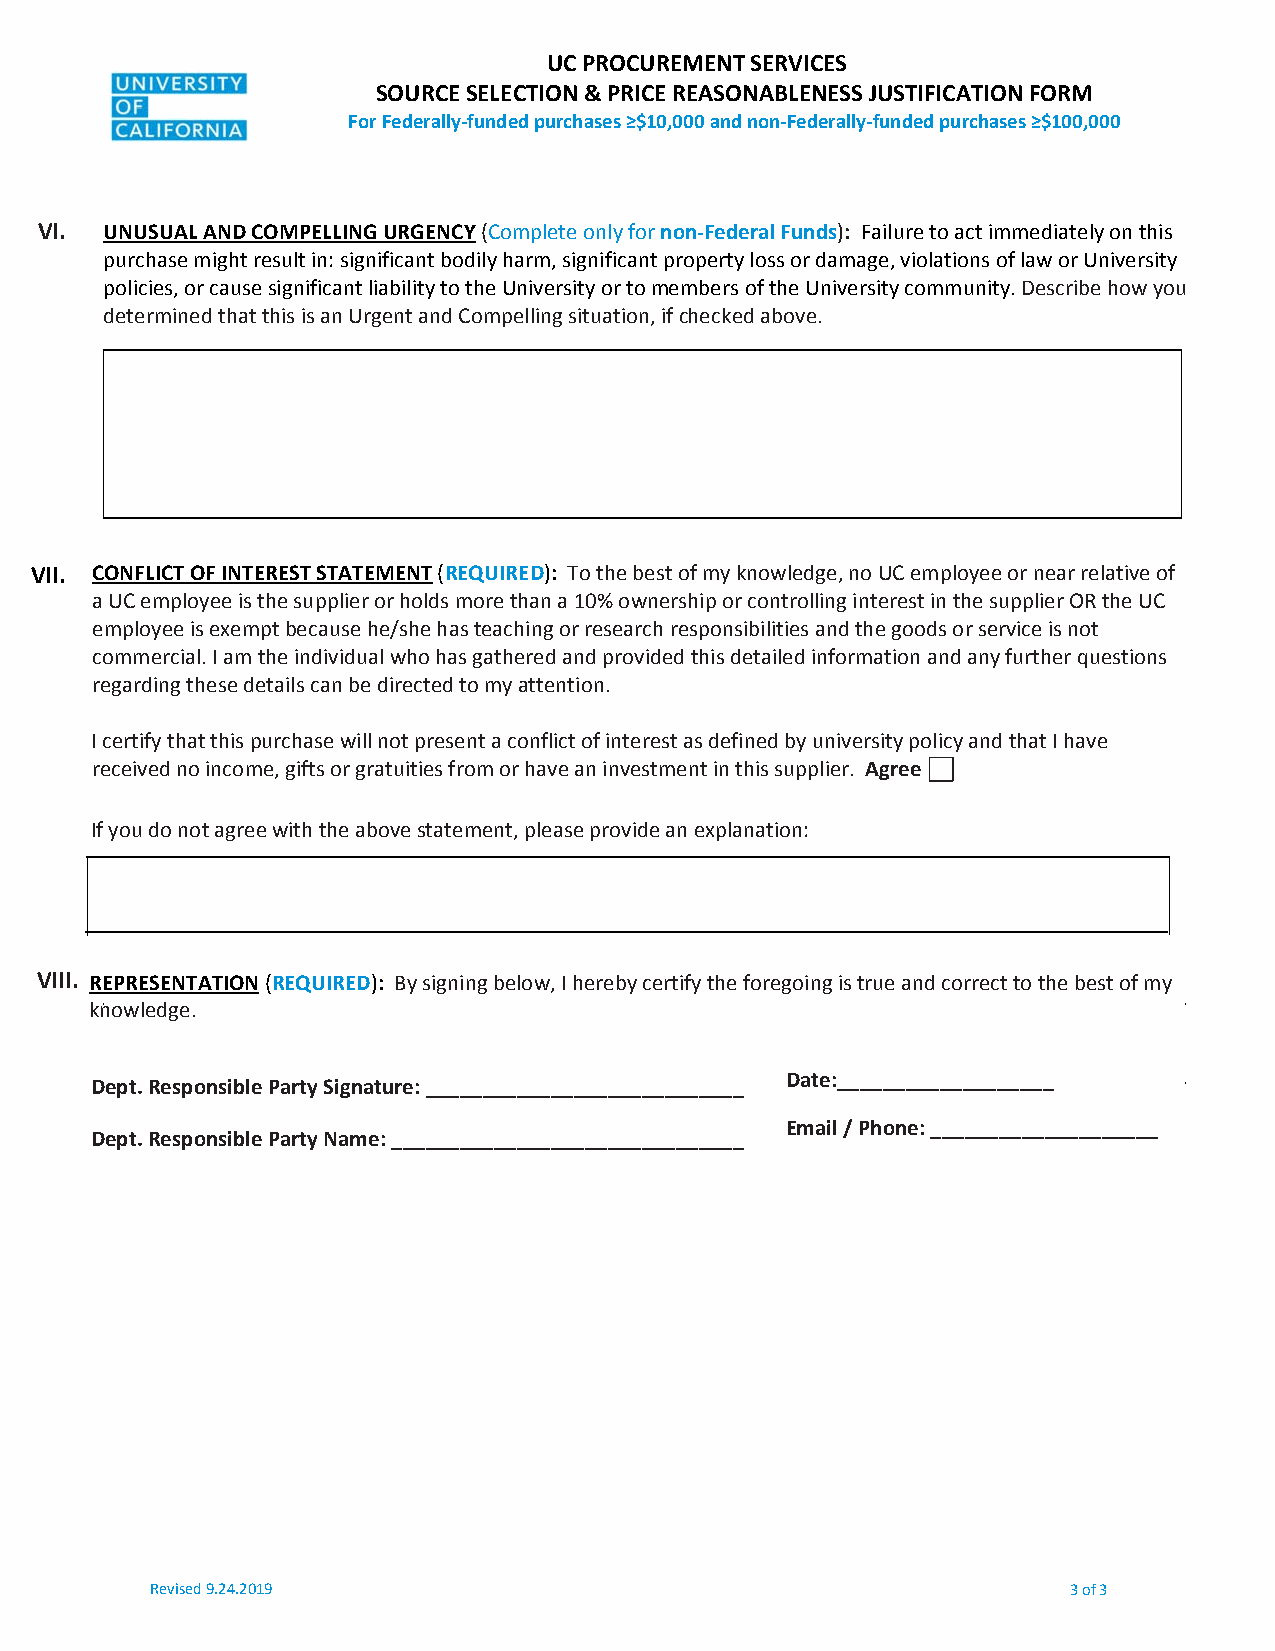
UC PROCUREMENT SERVICES
 SOURCE SELECTION & PRICE REASONABLENESS JUSTIFICATION FORM
 For Federally‐funded purchases ≥$10,000 and non‐Federally‐funded purchases ≥$100,000
 VI.  UNUSUAL AND COMPELLING URGENCY (Complete only for non‐Federal Funds): Failure to act immediately on this
 purchase might result in: significant bodily harm, significant property loss or damage, violations of law or University
 policies, or cause significant liability to the University or to members of the University community. Describe how you
 determined that this is an Urgent and Compelling situation, if checked above.
 VII. CONFLICT OF INTEREST STATEMENT (REQUIRED): To the best of my knowledge, no UC employee or near relative of
 a UC employee is the supplier or holds more than a 10% ownership or controlling interest in the supplier OR the UC
 employee is exempt because he/she has teaching or research responsibilities and the goods or service is not
 commercial. I am the individual who has gathered and provided this detailed information and any further questions
 regarding these details can be directed to my attention.
 I certify that this purchase will not present a conflict of interest as defined by university policy and that I have
 received no income, gifts or gratuities from or have an investment in this supplier. Agree
 If you do not agree with the above statement, please provide an explanation:
 VIII. REPRESENTATION (REQUIRED): By signing below, I hereby certify the foregoing is true and correct to the best of my
 knowledge.
 Date:___________________
 Dept. Responsible Party Signature: ____________________________
 Email / Phone: ____________________
 Dept. Responsible Party Name: _______________________________
 Revised 9.24.2019                                            3 of 3